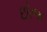
છોજ